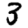
Digit: 3